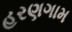
હરણગામ